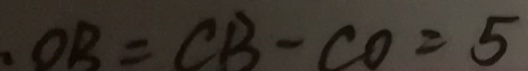
. O B = C B - C O = 5